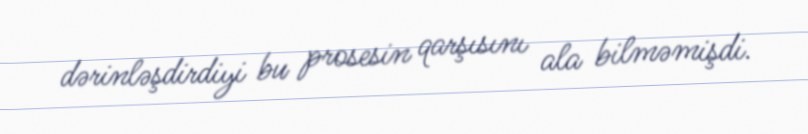
dərinləşdirdiyi bu prosesin qarşısını ala bilməmişdi.